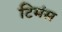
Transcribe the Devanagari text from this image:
टिमंस